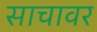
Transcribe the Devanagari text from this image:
साचावर